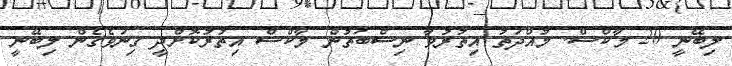
ލިބޭނީ 20 މާކްސް. މުއްދަތު އިތުރުވާ ނިސްބަތުން މާކްސް އިތުރުކޮށްދީ ގިނަވެގެން ލިބޭނީ